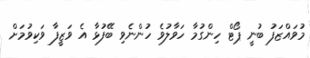
މުވައްޒަފު ބުނީ ޕޯޓް ހިންގުމާ ހަވާލުވެ ހުންނެވި ބޭފުޅާ އެ ވަޒީފާ ވަކިވުމަށް